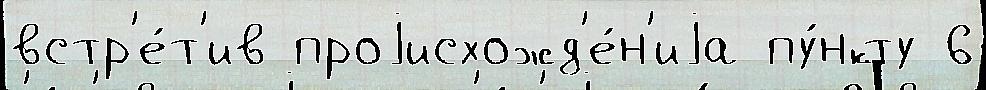
встр'е́т'ив проjисхожд'е́н'иjа пу́нкту 6